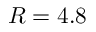
R = 4 . 8